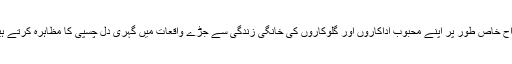
مداح خاص طور پر اپنے محبوب اداکاروں اور گلوکاروں کی خانگی زندگی سے جڑے واقعات میں گہری دل چسپی کا مظاہرہ کرتے ہیں۔